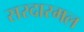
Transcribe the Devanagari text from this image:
सरदारमल